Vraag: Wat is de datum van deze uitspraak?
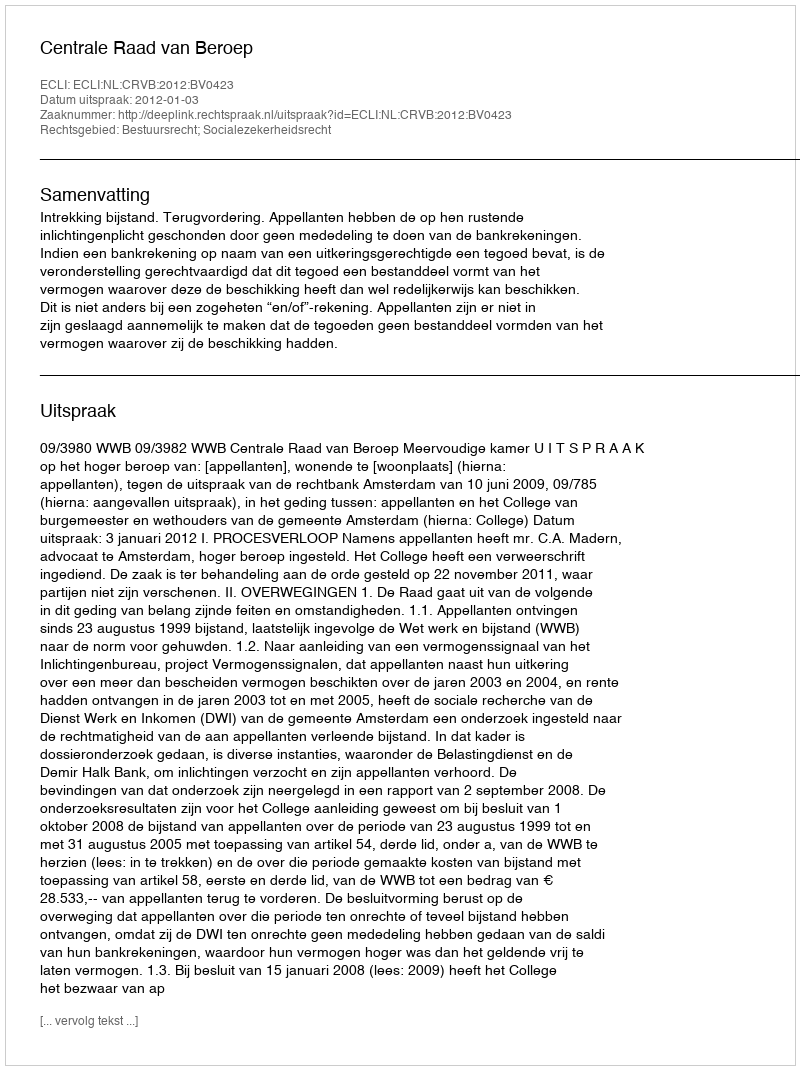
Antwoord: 2012-01-03